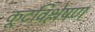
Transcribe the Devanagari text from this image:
कूटविश्लेषण